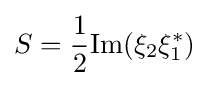
S={\frac {1}{2}}\mathrm {Im} (\xi _{2}\xi _{1}^{*})